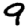
Digit: 9